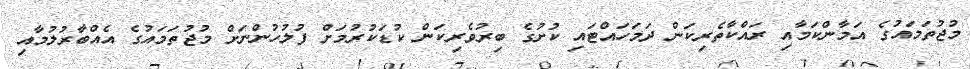
މުޖުތަމައުގެ އަމާންކަމާއި ރައްކާތެރިކަން ދަމަހައްޓައި ކުށުގެ ބިރުވެރިކަން ކުޑަކުރުމަށް ފުލުހުންނަށް މުޖުތަމައުގެ އެއްބާރުލުމާއި